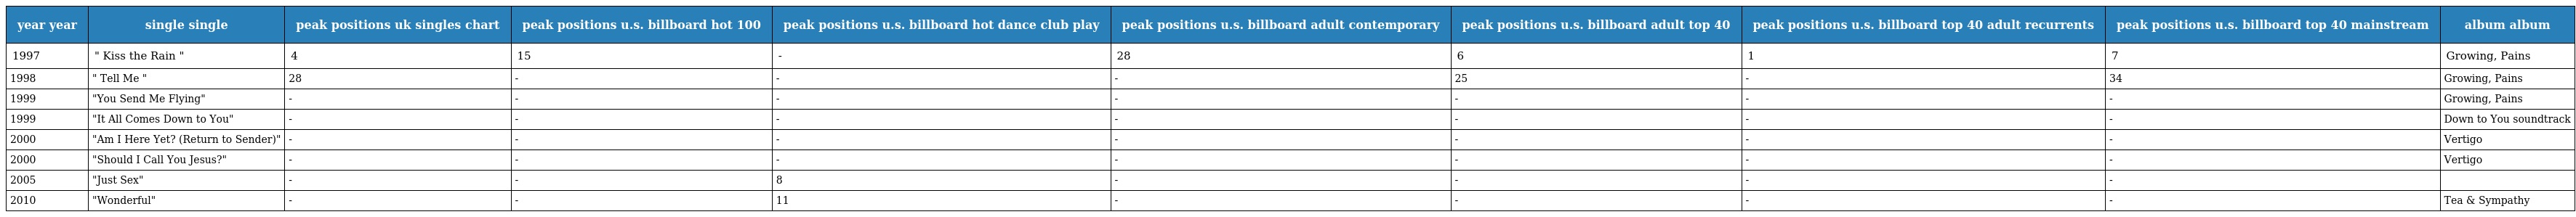
| year year | single single | peak positions uk singles chart | peak positions u.s. billboard hot 100 | peak positions u.s. billboard hot dance club play | peak positions u.s. billboard adult contemporary | peak positions u.s. billboard adult top 40 | peak positions u.s. billboard top 40 adult recurrents | peak positions u.s. billboard top 40 mainstream | album album |
 | --- | --- | --- | --- | --- | --- | --- | --- | --- | --- |
 | 1997 | " Kiss the Rain " | 4 | 15 | - | 28 | 6 | 1 | 7 | Growing, Pains |
 | 1998 | " Tell Me " | 28 | - | - | - | 25 | - | 34 | Growing, Pains |
 | 1999 | "You Send Me Flying" | - | - | - | - | - | - | - | Growing, Pains |
 | 1999 | "It All Comes Down to You" | - | - | - | - | - | - | - | Down to You soundtrack |
 | 2000 | "Am I Here Yet? (Return to Sender)" | - | - | - | - | - | - | - | Vertigo |
 | 2000 | "Should I Call You Jesus?" | - | - | - | - | - | - | - | Vertigo |
 | 2005 | "Just Sex" | - | - | 8 | - | - | - | - |  |
 | 2010 | "Wonderful" | - | - | 11 | - | - | - | - | Tea & Sympathy |